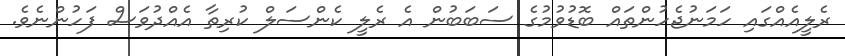
ރެލީއެއްގައި ހަމަނުޖެހުންތައް ބޮޑުވުމުގެ ސަބަބުން އެ ރެލީ ކެންސަލް ކުރިތާ އެއްދުވަސް ފަހުންނެވެ.